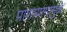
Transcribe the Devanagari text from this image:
प्राणायामामुळे